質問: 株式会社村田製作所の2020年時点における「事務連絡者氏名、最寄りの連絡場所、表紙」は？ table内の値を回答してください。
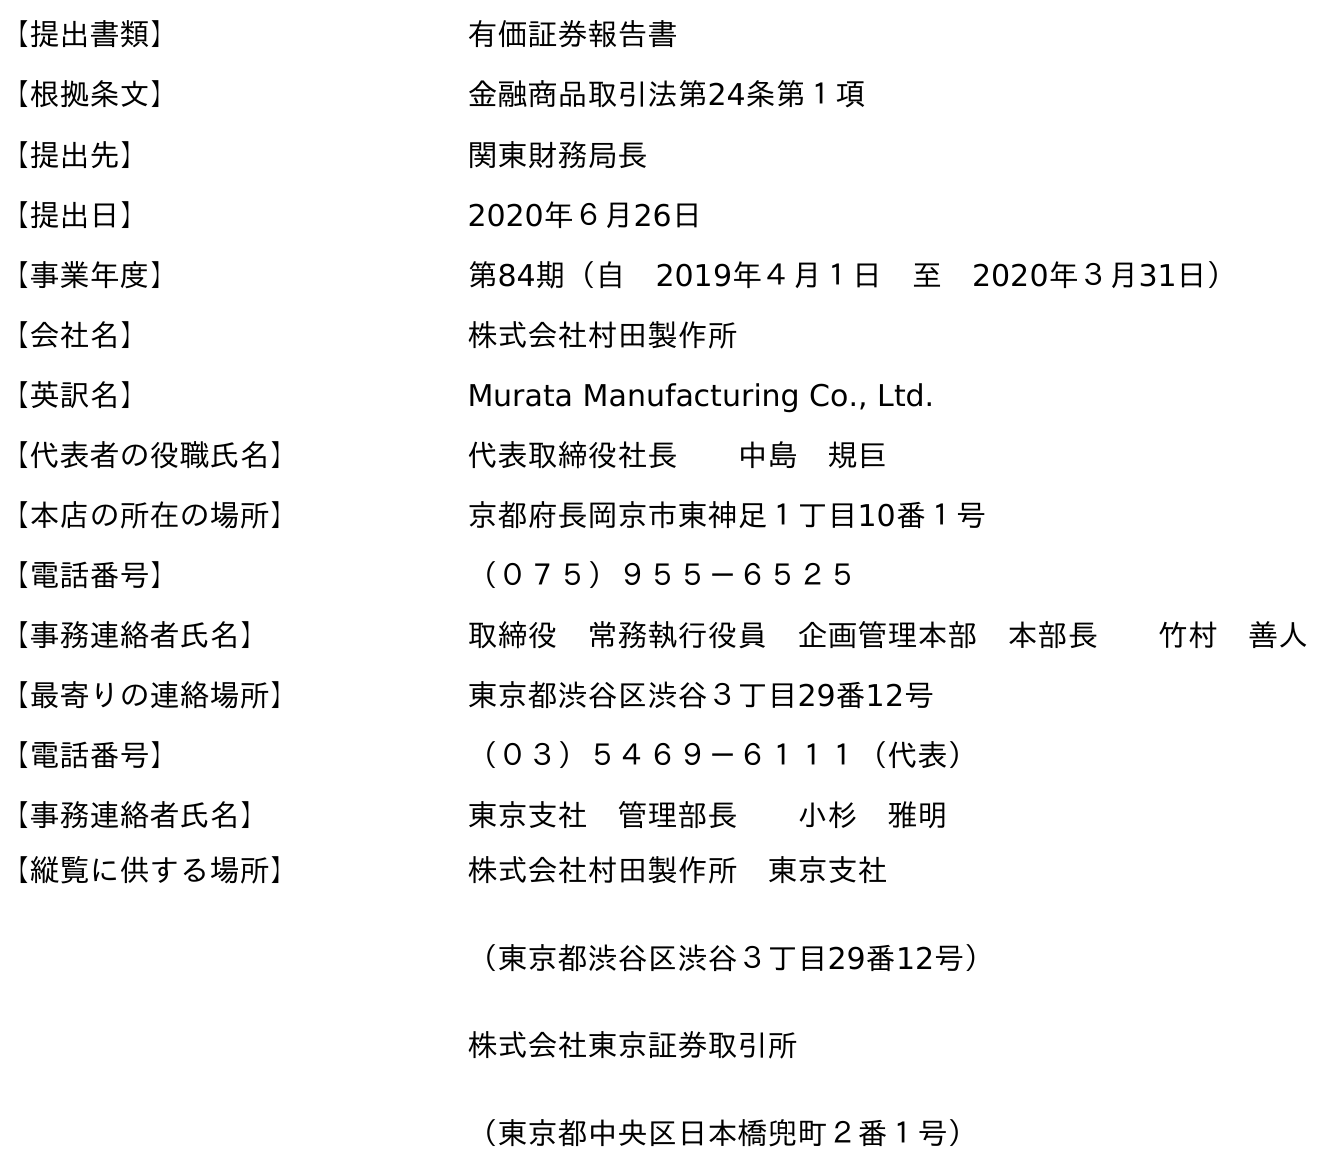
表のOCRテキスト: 【提出書類】 有価証券報告書 【根拠条文】 金融商品取引法第24条第１項 【提出先】 関東財務局長 【提出日】 2020年６月26日 【事業年度】 第84期（自 2019年４月１日 至 2020年３月31日） 【会社名】 株式会社村田製作所 【英訳名】 Murata Manufacturing Co., Ltd. 【代表者の役職氏名】 代表取締役社長  中島 規巨 【本店の所在の場所】 京都府長岡京市東神足１丁目10番１号 【電話番号】 （０７５）９５５－６５２５ 【事務連絡者氏名】 取締役 常務執行役員 企画管理本部 本部長  竹村 善人 【最寄りの連絡場所】 東京都渋谷区渋谷３丁目29番12号 【電話番号】 （０３）５４６９－６１１１（代表） 【事務連絡者氏名】 東京支社 管理部長  小杉 雅明 【縦覧に供する場所】 株式会社村田製作所 東京支社 （東京都渋谷区渋谷３丁目29番12号） 株式会社東京証券取引所 （東京都中央区日本橋兜町２番１号）
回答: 東京支社　管理部長小杉　雅明